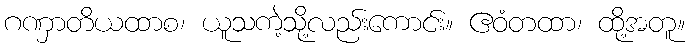
ဂဏှာတိယထာစ၊ ယူသကဲ့သို့လည်းကောင်း။ ဧဝံတထာ၊ ထို့အတူ။